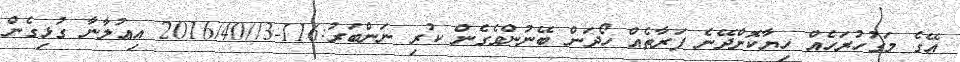
އޭގެ މަގުހުރަހެއް ހިޔާކޮށްދޭނެ ފަރާތެއް ހޯދަން ބޭނުންވެގެން ކުރި ނަންބަރު:116-3//2016/40 އިޢުލާނާ ގުޅިގެން